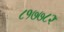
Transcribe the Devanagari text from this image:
८१७७८२